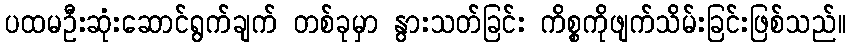
ပထမဦးဆုံးဆောင်ရွက်ချက် တစ်ခုမှာ နွားသတ်ခြင်း ကိစ္စကိုဖျက်သိမ်းခြင်းဖြစ်သည်။